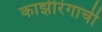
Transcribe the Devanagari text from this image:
काझीरंगाची